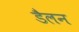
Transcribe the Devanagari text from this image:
डैलन